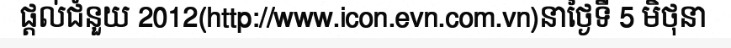
ផ្តល់ជំនួយ 2012(http://www.icon.evn.com.vn)នាថ្ងៃទី 5 មិថុនា